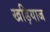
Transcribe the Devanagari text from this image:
खड़ियाज